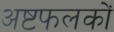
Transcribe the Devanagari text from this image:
अष्टफलकों